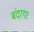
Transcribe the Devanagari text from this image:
बंदरगाः